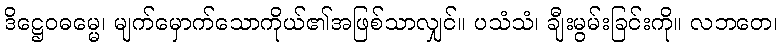
ဒိဋ္ဌေဝဓမ္မေ၊ မျက်မှောက်သောကိုယ်၏အဖြစ်သာလျှင်။ ပသံသံ၊ ချီးမွမ်းခြင်းကို။ လဘတေ၊